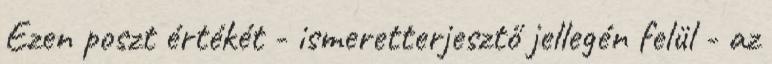
Ezen poszt értékét - ismeretterjesztő jellegén felül - az